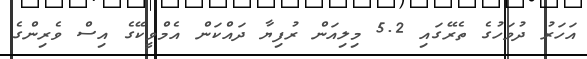
އަހަރު ދުވަހުގެ ތެރޭގައި 5.2 މިލިއަން ރުފިޔާ ދައްކަން އެމްވީކޭގެ އިސް ވެރިންގެ